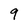
Character: 9